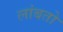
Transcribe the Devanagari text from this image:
लांबतो